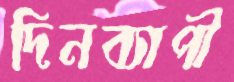
দিনব্যাপী